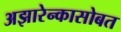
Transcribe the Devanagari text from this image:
अझारेन्कासोबत